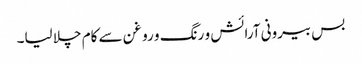
بس بیرونی آرائش و رنگ و روغن سے کام چلا لیا۔